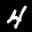
Label: 4